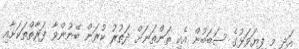
އަދި މި ފިޔަވަޅުގެ ސަބަބުން އެކި ތަންތަނަށް ދަތުރު ކުރަން ބޭނުންވާ ފަރާތްތަކަށާއި